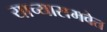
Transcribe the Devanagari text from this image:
याच्यासमवेत